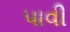
પાવી